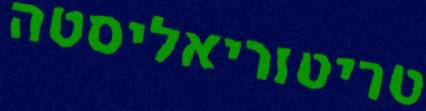
טריטוריאליסטה